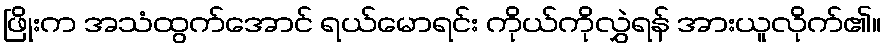
ဖြိုးက အသံထွက်အောင် ရယ်မောရင်း ကိုယ်ကိုလွှဲရန် အားယူလိုက်၏။